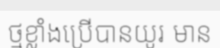
ថ្មខ្លាំងប្រើបានយូរ មាន